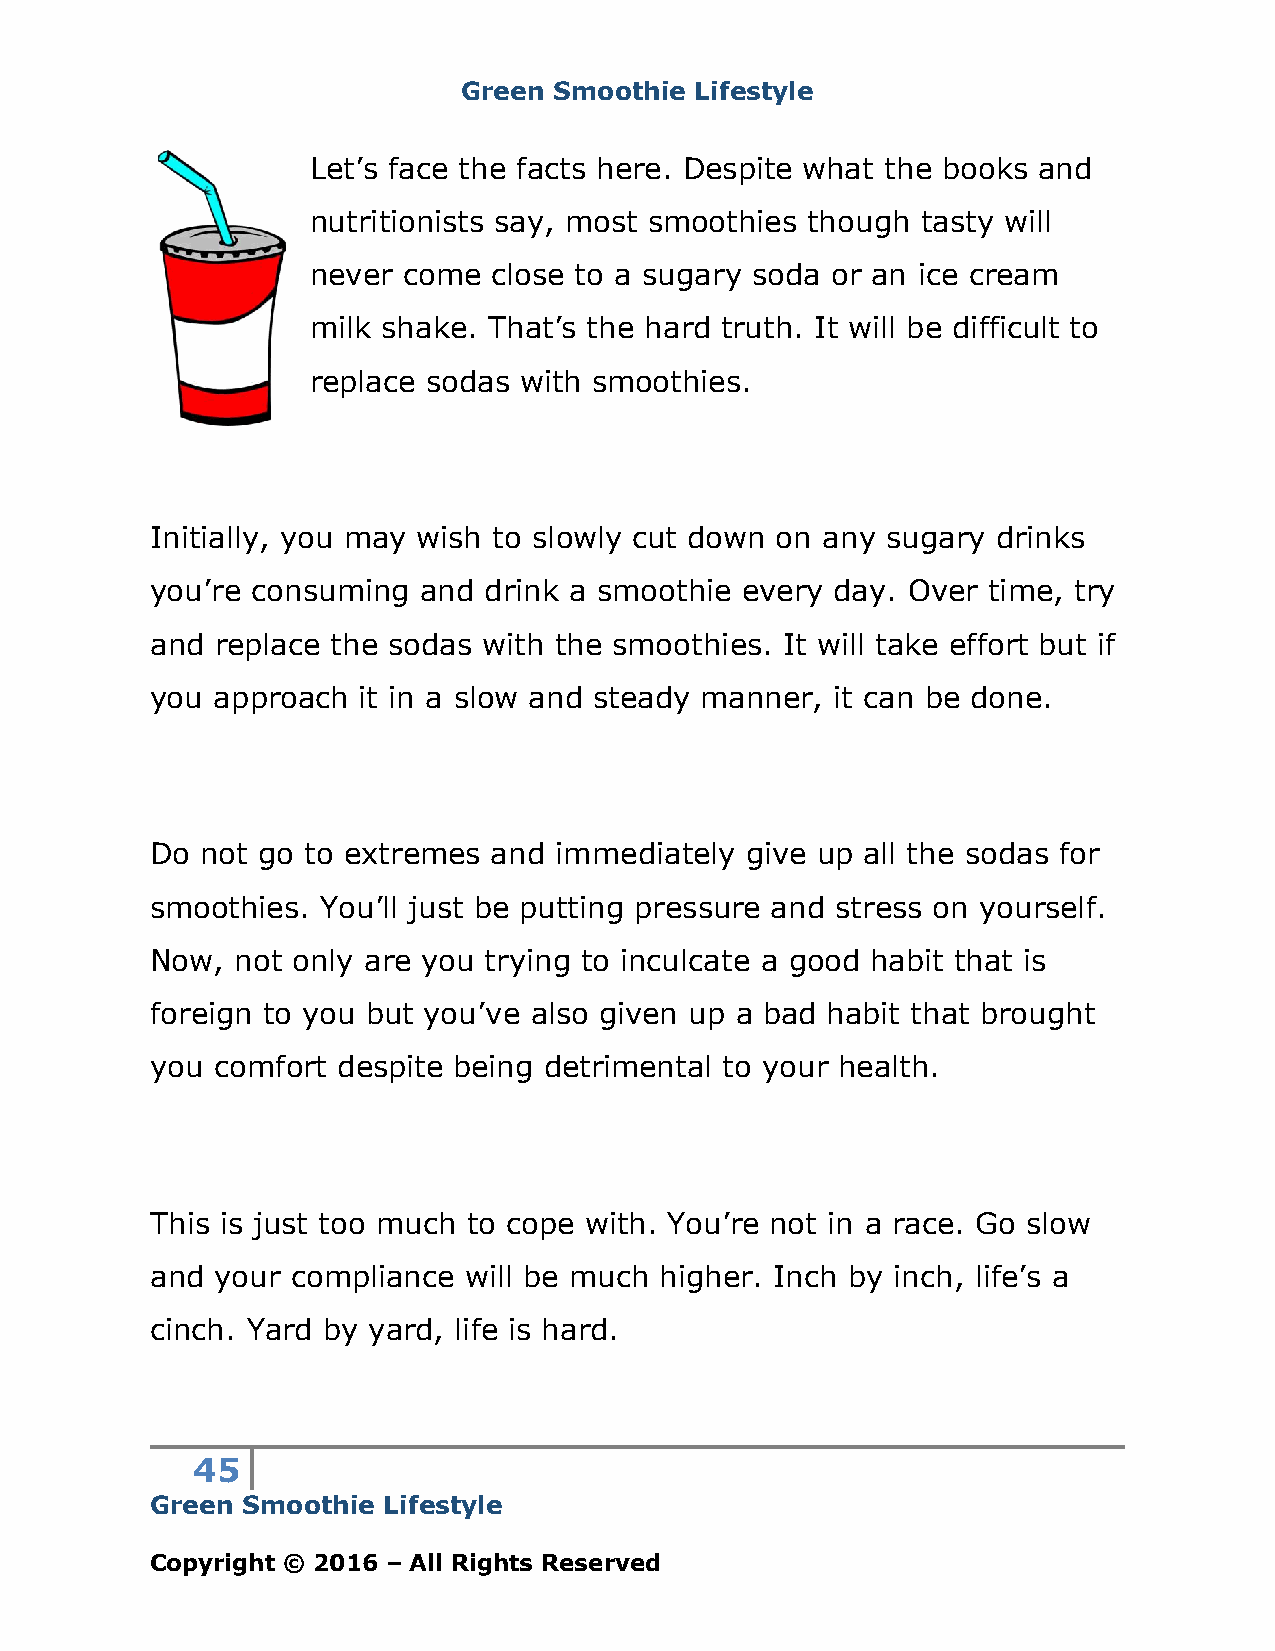
Green Smoothie Lifestyle
 Let’s face the facts here. Despite what the books and
 nutritionists say, most smoothies though tasty will
 never  come  close to a sugary soda or an ice cream
 milk shake. That’s the hard truth. It will be difficult to
 replace sodas with smoothies.
 Initially, you may wish to slowly cut down on any sugary drinks
 you’re consuming  and drink a smoothie every day. Over time, try
 and replace the sodas with the smoothies. It will take effort but if
 you approach  it in a slow and steady manner, it can be done.
 Do not go to extremes  and immediately give up all the sodas for
 smoothies. You’ll just be putting pressure and stress on yourself.
 Now,  not only are you trying to inculcate a good habit that is
 foreign to you but you’ve also given up a bad habit that brought
 you comfort despite being detrimental to your health.
 This is just too much to cope with. You’re not in a race. Go slow
 and your compliance  will be much higher. Inch by inch, life’s a
 cinch. Yard by yard, life is hard.
 45
 Green Smoothie Lifestyle
 Copyright © 2016 – All Rights Reserved